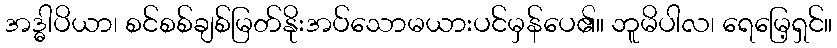
အဒ္ဓါပိယာ၊ စင်စစ်ချစ်မြတ်နိုးအပ်သောမယားပင်မှန်ပေ၏။ ဘူမိပါလ၊ ရေမြေ့ရှင်။